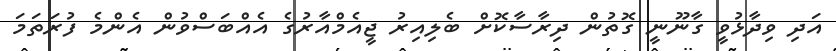
އަދި ވިދާޅުވީ ގާނޫނީ ގޮތުން ދިރާސާކޮށް ބެލިއިރު ޖީއެމްއާރުގެ އެއްބަސްވުން އެންމެ ފުރަތަމަ